Annual administration report of the Civil Veterinary Department of India - 1898-1899
Year: 1898
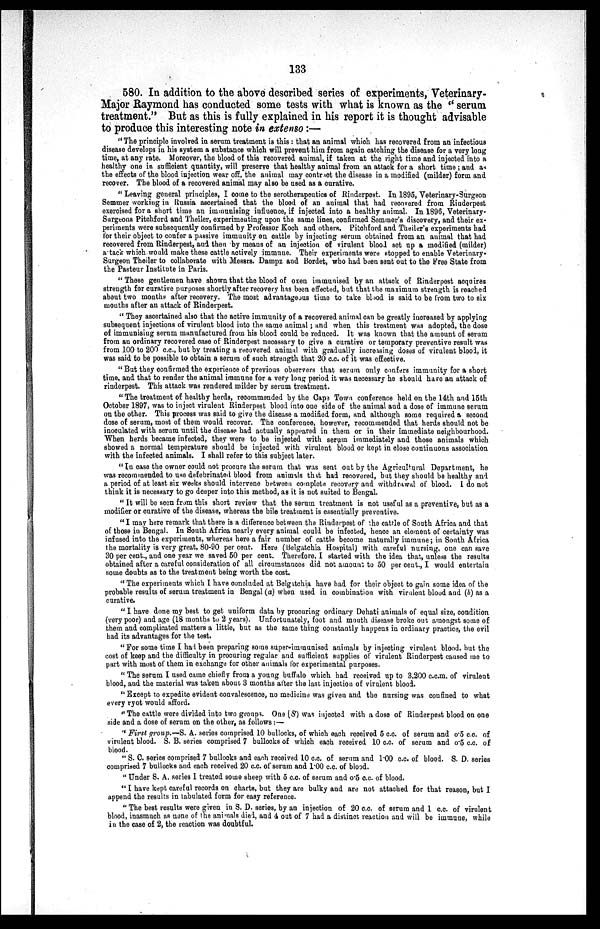
133
580. In addition to the above described series of experiments, Veterinary-
Major Raymond has conducted some tests with what is known as the "serum
treatment." But as this is fully explained in his report it is thought advisable
to produce this interesting note in extenso:—
"The principle involved in serum treatment is this: that an animal which has recovered from an infectious
disease develops in his system a substance which will prevent him from again catching the disease for a very long
time, at any rate. Moreover, the blood of this recovered animal, if taken at the right time and injected into a
healthy one in sufficient quantity, will preserve that healthy animal from an attack for a short time; and as
the effects of the blood injection wear off, the animal may contract the disease in a modified (milder) form and
recover. The blood of a recovered animal may also be used as a curative.
"Leaving general principles, I come to the serotherapeutics of Rinderpest. In 1895, Veterinary-Surgeon
Semmer working in Russia ascertained that the blood of an animal that had recovered from Rinderpest
exercised for a short time an immunising influence, if injected into a healthy animal. In 1896, Veterinary-
Surgeons Pitchford and Theiler, experimenting upon the same lines, confirmed Sommer's discovery, and their ex-
periments were subsequently confirmed by Professor Koch and others. Pitchford and Theiler's experiments had
for their object to confer a passive immunity on cattle by injecting serum obtained from an animal that had
recovered from Rinderpest, and then by means of an injection of virulent blood set up a modified (milder)
a tack which would make these cattle actively immune. Their experiments were stopped to enable Veterinary-
Surgeon Theiler to collaborate with Messrs. Dampz and Bordet, who had been sent out to the Free State from
the Pasteur Institute in Paris.
"These gentlemen have shown that the blood of oxen immunised by an attack of Rinderpest acquires
strength for curative purposes shortly after recovery has been effected, but that the maximum strength is reached
about two months after recovery. The most advantageous time to take blood is said to be from two to six
months after an attack of Rinderpest.
" They ascertained also that the active immunity of a recovered animal can be greatly increased by applying
subsequent injections of virulent blood into the same animal; and when this treatment was adopted, the dose
of immunising serum manufactured from his blood could be reduced. It was known that the amount of serum
from an ordinary recovered case of Rinderpest necessary to give a curative or temporary preventive result was
from 100 to 200 c.c., but by treating a recovered animal with gradually increasing doses of virulent blood, it
was said to be possible to obtain a serum of such strength that 20 c.c. of it was effective.
"But they confirmed the experience of previous observers that serum only confers immunity for a short
time, and that to render the animal immune for a very long period it was necessary he should have an attack of
rinderpest. This attack was rendered milder by serum treatment.
"The treatment of healthy herds, recommended by the Cape Town conference held on the 14th and 15th
October 1897, was to inject virulent Rinderpest blood into one side of the animal and a dose of immune serum
on the other. This process was said to give the disease a modified form, and although some required a second
dose of serum, most of them would recover. The conference, however, recommended that herds should not be
inoculated with serum until the disease had actually appeared in them or in their immediate neighbourhood.
When herds became infected, they were to be injected with serum immediately and those animals which
showed a normal temperature should be injected with virulent blood or kept in close continuous association
with the infected animals. I shall refer to this subject later.
"In case the owner could not procure the serum that was sent out by the Agricultural Department, he
was recommended to use defebrinated blood from animals that had recovered, but they should be healthy and
a period of at least six weeks should intervene between complete recovery and withdrawal of blood. I do not
think it is necessary to go deeper into this method, as it is not suited to Bengal.
"It will bo seen from this short review that the serum treatment is not useful as a preventive, but as a
modifier or curative of the disease, whereas the bile treatment is essentially preventive.
"I may here remark that there is a difference between the Rinderpest of the cattle of South Africa and that
of those in Bengal. In South Africa nearly every animal could be infected, hence an element of certainty was
infused into the experiments, whereas here a fair number of cattle become naturally immune; in South Africa
the mortality is very great, 80-90 per cent. Here (Belgatchia Hospital) with careful nursing, one can save
30 per cent., and one year we saved 50 per cent. Therefore, I started with the idea that, unless the results
obtained after a careful consideration of all circumstances did not amount to 50 per cent., I would entertain
some doubts as to the treatment being worth the cost.
"The experiments which I have concluded at Belgitchia have had for their object to gain some idea of the
probable results of serum treatment in Bengal (a) when used in combination with virulent blood and (b) as a
curative.
"I have done my best to get uniform data by procuring ordinary Dehati animals of equal size, condition
(very poor) and age (18 months to 2 years). Unfortunately, foot and mouth disease broke out amongst some of
them and complicated matters a little, but as the same thing constantly happens in ordinary practice, the evil
had its advantages for the test.
"For some time I had been preparing some super-immunised animals by injecting virulent blood, but the
cost of keep and the difficulty in procuring regular and sufficient supplies of virulent Rinderpest caused me to
part with most of them in exchange for other animals for experimental purposes.
"The serum I used came chiefly from a young buffalo which had received up to 3,200 c.c.m. of virulent
blood, and the material was taken about 3 months after the last injection of virulent blood.
"Except to expedite evident convalescence, no medicine was given and the nursing was confined to what
every ryot would afford.
"The cattle were divided into two groups. One (S) was injected with a dose of Rinderpest blood on one
side and a dose of serum on the other, as follows:—
"First group.—S. A. series comprised 10 bullocks, of which each received 5 c.c. of serum and 0.5 c.c. of
virulent blood. S. B. series comprised 7 bullocks of which each received 10 c.c. of serum and 0.5 c.c. of
blood.
"S. C. series comprised 7 bullocks and each received 10 c.c. of serum and 1.00 c.c. of blood. S. D. series
comprised 7 bullocks and each received 20 c.c. of serum and 1.00 c.c. of blood.
"Under S. A. series I treated some sheep with 5 c.c. of serum and 0.5 c.c. of blood.
"I have kept careful records on charts, but they are bulky and are not attached for that reason, but I
append the results in tabulated form for easy reference.
"The best results were given in S. D. series, by an injection of 20 c.c. of serum and 1 c.c. of virulent
blood, inasmuch as none of the animals died, and 4 out of 7 had a distinct reaction and will be immune, while
in the case of 2, the reaction was doubtful.